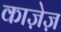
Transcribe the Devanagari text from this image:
काजे़ज़